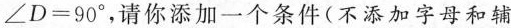
∠D=90^{\circ}C，请你添加一个条件(不添加字母和辅